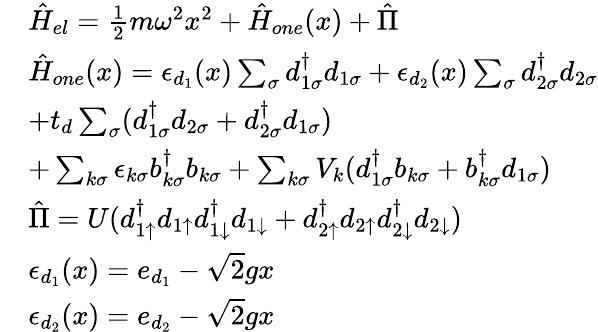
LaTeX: \begin{array}{rl}&{\hat{H}_{el}=\frac{1}{2}m\omega^{2}x^{2}+\hat{H}_{one}(x)+\hat{\Pi}}\\ &{\hat{H}_{one}(x)=\epsilon_{d_{1}}(x)\sum_{\sigma}d_{1\sigma}^{\dagger}d_{1\sigma}+\epsilon_{d_{2}}(x)\sum_{\sigma}d_{2\sigma}^{\dagger}d_{2\sigma}}\\ &{+t_{d}\sum_{\sigma}(d_{1\sigma}^{\dagger}d_{2\sigma}+d_{2\sigma}^{\dagger}d_{1\sigma})}\\ &{+\sum_{k\sigma}\epsilon_{k\sigma}b_{k\sigma}^{\dagger}b_{k\sigma}+\sum_{k\sigma}V_{k}(d_{1\sigma}^{\dagger}b_{k\sigma}+b_{k\sigma}^{\dagger}d_{1\sigma})}\\ &{\hat{\Pi}=U(d_{1\uparrow}^{\dagger}d_{1\uparrow}d_{1\downarrow}^{\dagger}d_{1\downarrow}+d_{2\uparrow}^{\dagger}d_{2\uparrow}d_{2\downarrow}^{\dagger}d_{2\downarrow})}\\ &{\epsilon_{d_{1}}(x)=e_{d_{1}}-\sqrt{2}gx}\\ &{\epsilon_{d_{2}}(x)=e_{d_{2}}-\sqrt{2}gx}\end{array}